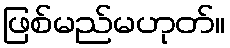
ဖြစ်မည်မဟုတ်။